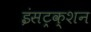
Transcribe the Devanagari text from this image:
इंसट्रक्शन